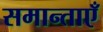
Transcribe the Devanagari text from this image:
समान्ताएँ